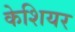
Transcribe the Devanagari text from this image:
केशियर